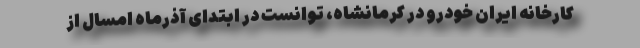
کارخانه ایران خودرو در کرمانشاه،‌ توانست در ابتدای آذرماه امسال از